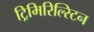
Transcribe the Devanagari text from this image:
ट्रिमिरिल्स्टिन